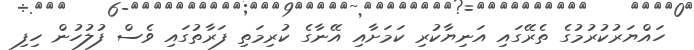
ހައްޔަރުކުރުމުގެ ތެރޭގައި އަނިޔާކުރި ކަމަށާއި އޭނާގެ ކުރިމަތި ފަރާތުގައި ވެސް ފުލުހުން ހިފި